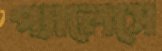
প্যালেসে